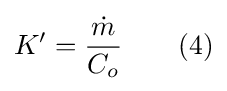
{K'}={\frac {\dot {m}}{C_{o}}}\qquad (4)